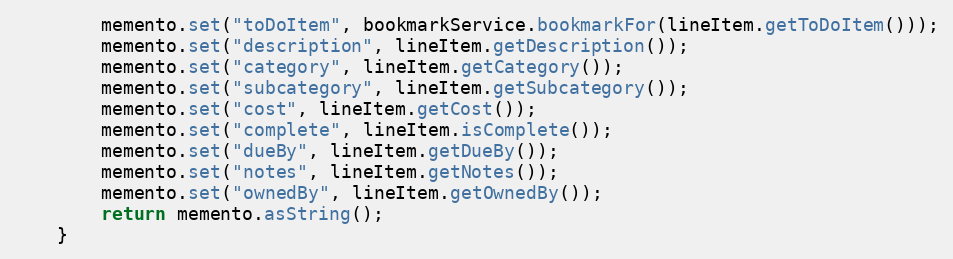
Language: Java
        memento.set("toDoItem", bookmarkService.bookmarkFor(lineItem.getToDoItem()));
        memento.set("description", lineItem.getDescription());
        memento.set("category", lineItem.getCategory());
        memento.set("subcategory", lineItem.getSubcategory());
        memento.set("cost", lineItem.getCost());
        memento.set("complete", lineItem.isComplete());
        memento.set("dueBy", lineItem.getDueBy());
        memento.set("notes", lineItem.getNotes());
        memento.set("ownedBy", lineItem.getOwnedBy());
        return memento.asString();
    }